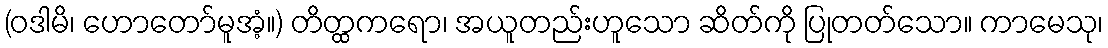
(ဝဒါမိ၊ ဟောတော်မူအံ့။) တိတ္ထကရော၊ အယူတည်းဟူသော ဆိတ်ကို ပြုတတ်သော။ ကာမေသု၊